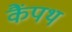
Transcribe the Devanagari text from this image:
कैंपथ